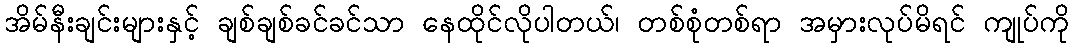
အိမ်နီးချင်းများနှင့် ချစ်ချစ်ခင်ခင်သာ နေထိုင်လိုပါတယ်၊ တစ်စုံတစ်ရာ အမှားလုပ်မိရင် ကျုပ်ကို